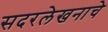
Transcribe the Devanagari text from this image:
सदरलेखनाचे